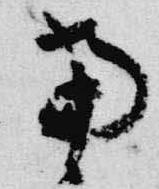
当